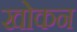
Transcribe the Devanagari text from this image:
खोकन